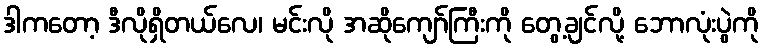
ဒါကတော့ ဒီလိုရှိတယ်လေ၊ မင်းလို အဆိုကျော်ကြီးကို တွေ့ချင်လို့ ဘောလုံးပွဲကို